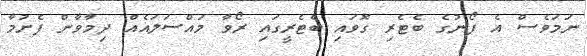
ނަމަވެސް އެ ފޯނުގެ ބެޓެރި ގޮވައި ބެޓެރީގައި ރޯވާ މައްސަލައެއް ދިމާވާން ފެށުމާ